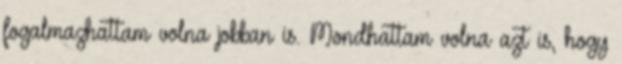
fogalmazhattam volna jobban is. Mondhattam volna azt is, hogy